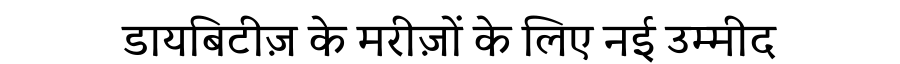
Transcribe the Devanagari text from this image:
डायबिटीज़ के मरीज़ों के लिए नई उम्मीद